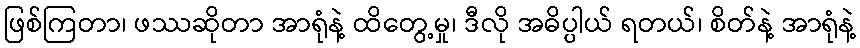
ဖြစ်ကြတာ၊ ဖဿဆိုတာ အာရုံနဲ့ ထိတွေ့မှု၊ ဒီလို အဓိပ္ပါယ် ရတယ်၊ စိတ်နဲ့ အာရုံနဲ့